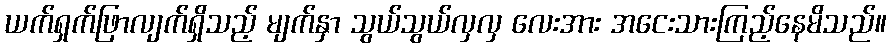
ယက်ရှက်ဖြာလျက်ရှိသည့် မျက်နှာ သွယ်သွယ်လှလှ လေးအား အငေးသားကြည့်နေမိသည်။